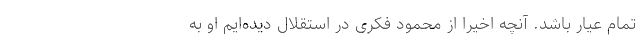
تمام عیار باشد. آنچه اخیرا از محمود فکری در استقلال دیده‌ایم او به